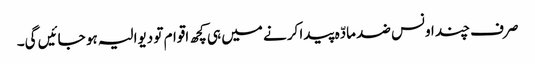
صرف چند اونس ضد مادّہ پیدا کرنے میں ہی کچھ اقوام تو دیوالیہ ہو جائیں گی۔